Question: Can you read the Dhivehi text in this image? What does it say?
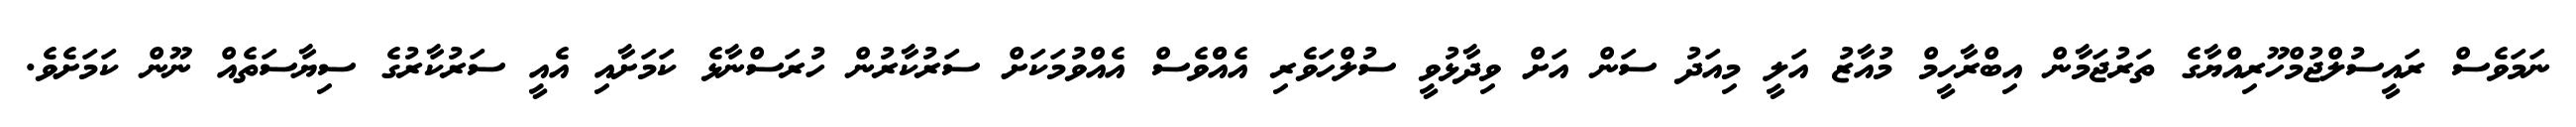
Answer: ނަމަވެސް ރައީސުލްޖުމްހޫރިއްޔާގެ ތަރުޖަމާން އިބްރާހީމް މުއާޒު އަލީ މިއަދު ސަން އަށް ވިދާޅުވީ ސުލްހަވެރި އެއްްވެސް އެއްވުމަކަށް ސަރުކާރުން ހުރަސްނާޅެ ކަމަށާއި އެއީ ސަރުކާރުގެ ސިޔާސަތެއް ނޫން ކަމަށެވެ.